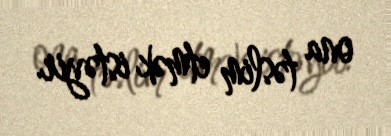
ona təslim etmək istəyir.